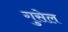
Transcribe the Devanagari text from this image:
गुसेल